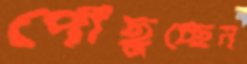
পৌঁছুচ্ছেন